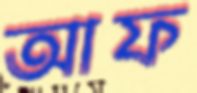
আফ